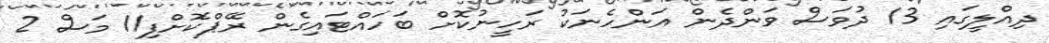
ދިއްލީގައި 13 ދުވަސް ވަންދެން އަންހެނަކު ރަހީނުކޮށް ބަހައްޓައިގެން ރޭޕްކޮށްފި11 މަސް 2